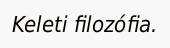
Keleti filozófia.